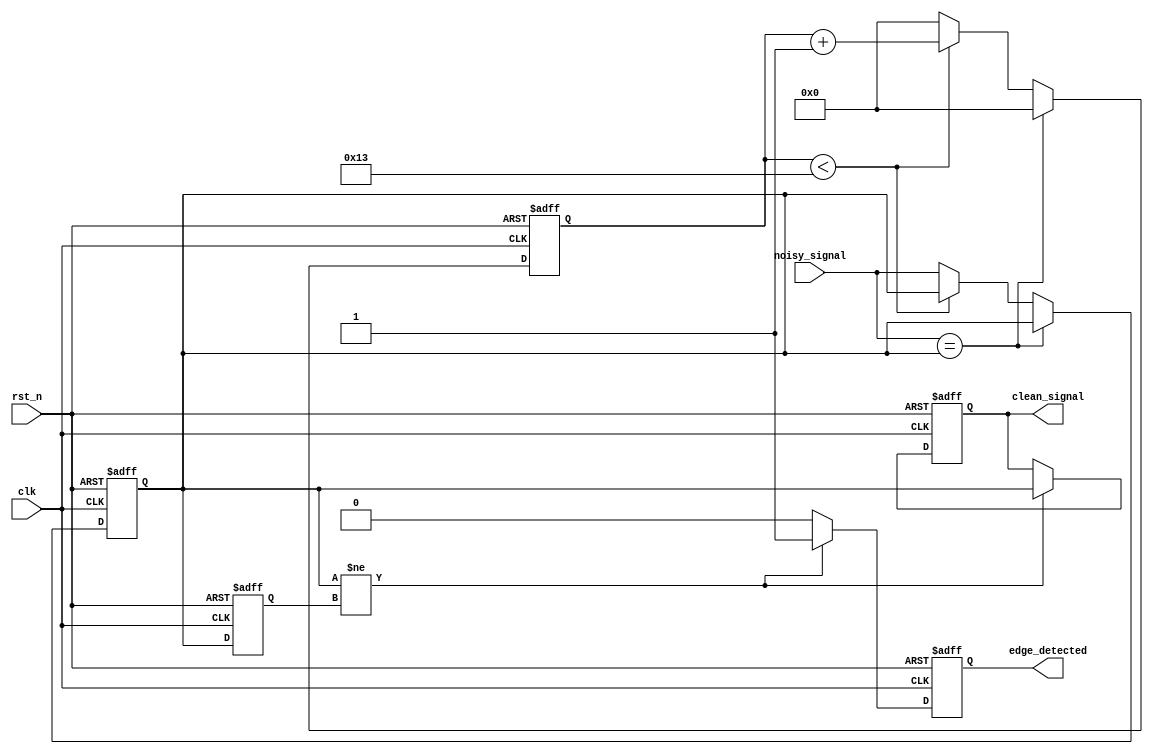
module debounced_edge_detector (
    input wire clk,                // Clock signal
    input wire rst_n,              // Active-low reset
    input wire noisy_signal,       // Noisy input signal
    output reg clean_signal,       // Clean output signal
    output reg edge_detected       // Edge detected signal (1 for rising, 0 for falling)
);

    // Parameters
    parameter DEBOUNCE_TIME = 20;  // Number of clock cycles for debounce
    reg [DEBOUNCE_TIME-1:0] debounce_counter; // Counter for debounce timing
    reg previous_state;             // Previous state of the input signal
    reg stable_signal;              // Stable version of the input signal

    // State Machine to handle debounce logic
    always @(posedge clk or negedge rst_n) begin
        if (!rst_n) begin
            clean_signal <= 0;
            edge_detected <= 0;
            debounce_counter <= 0;
            previous_state <= 0;
            stable_signal <= 0;
        end else begin
            // Check if the input signal is stable
            if (noisy_signal == stable_signal) begin
                debounce_counter <= 0; // Reset counter if stable
            end else begin
                if (debounce_counter < DEBOUNCE_TIME - 1) begin
                    debounce_counter <= debounce_counter + 1; // Increment counter
                end else begin
                    stable_signal <= noisy_signal; // Update stable signal after debounce time
                    debounce_counter <= 0; // Reset counter
                end
            end

            // Detect edges
            if (stable_signal != previous_state) begin
                edge_detected <= 1; // Edge detected
                clean_signal <= stable_signal; // Update clean signal
            end else begin
                edge_detected <= 0; // No edge detected
            end

            // Store the previous state
            previous_state <= stable_signal;
        end
    end

endmodule